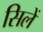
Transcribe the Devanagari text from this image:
सिलें